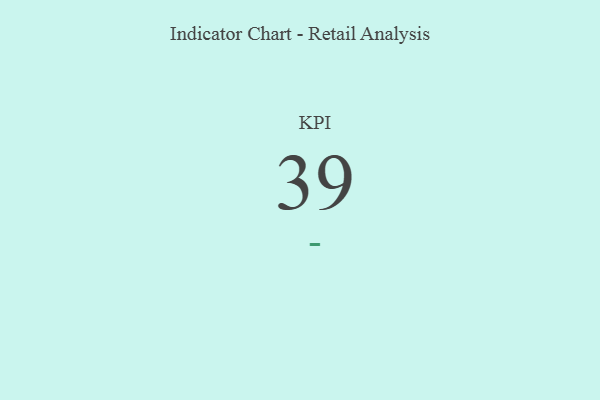
{"axis": {"x": "KPI", "y": "Value"}, "legend": [""], "data": [{"x": "KPI", "y": 39, "type": ""}]}